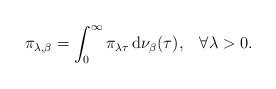
LaTeX: \begin{align*}\pi_{\lambda,\beta}=\int_{0}^{\infty}\pi_{\lambda\tau}\,\mathrm{d\nu_{\beta}(\tau),}\quad\forall\lambda>0.\end{align*}